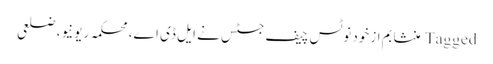
Tagged منشا بم ازخود نوٹس چیف جسٹس نے ایل ڈی اے، محکمہ ریونیو، ضلعی